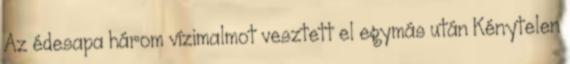
Az édesapa három vízimalmot vesztett el egymás után Kénytelen